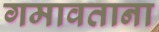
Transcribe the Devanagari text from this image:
गमावताना